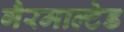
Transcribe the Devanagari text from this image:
गैरमाल्टेड